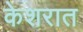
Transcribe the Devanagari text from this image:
केशरात